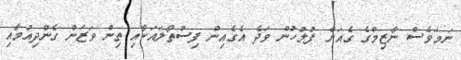
ނަމަވެސް ނާޒިމްގެ ގެއަށް ފުލުހުން ވަދެ އެގެއިން ފިސްތޯލައަކާއި ތިން ވަޒަން ގެންދިއުމާއި